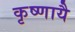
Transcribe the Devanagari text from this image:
कृष्णायै